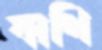
কাশি